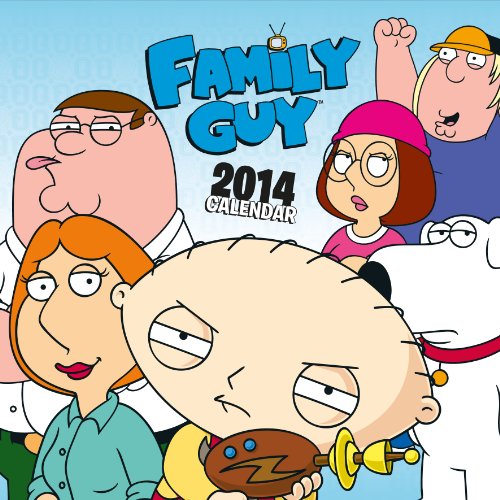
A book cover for Official Family Guy 2014 Calendar; Calendars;